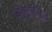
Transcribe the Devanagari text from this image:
डिकॉक्शन